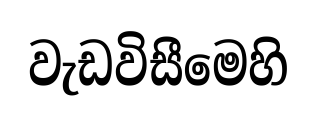
වැඩවිසීමෙහි